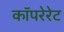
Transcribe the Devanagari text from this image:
कॉपरेरेट